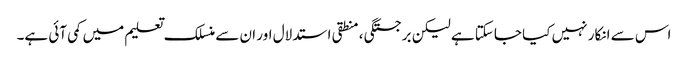
اس سے انکار نہیں کیا جاسکتا ہے لیکن برجستگی ، منطقی استدلال اور ان سے منسلک تعلیم میں کمی آئی ہے۔